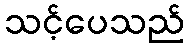
သင့်ပေသည်